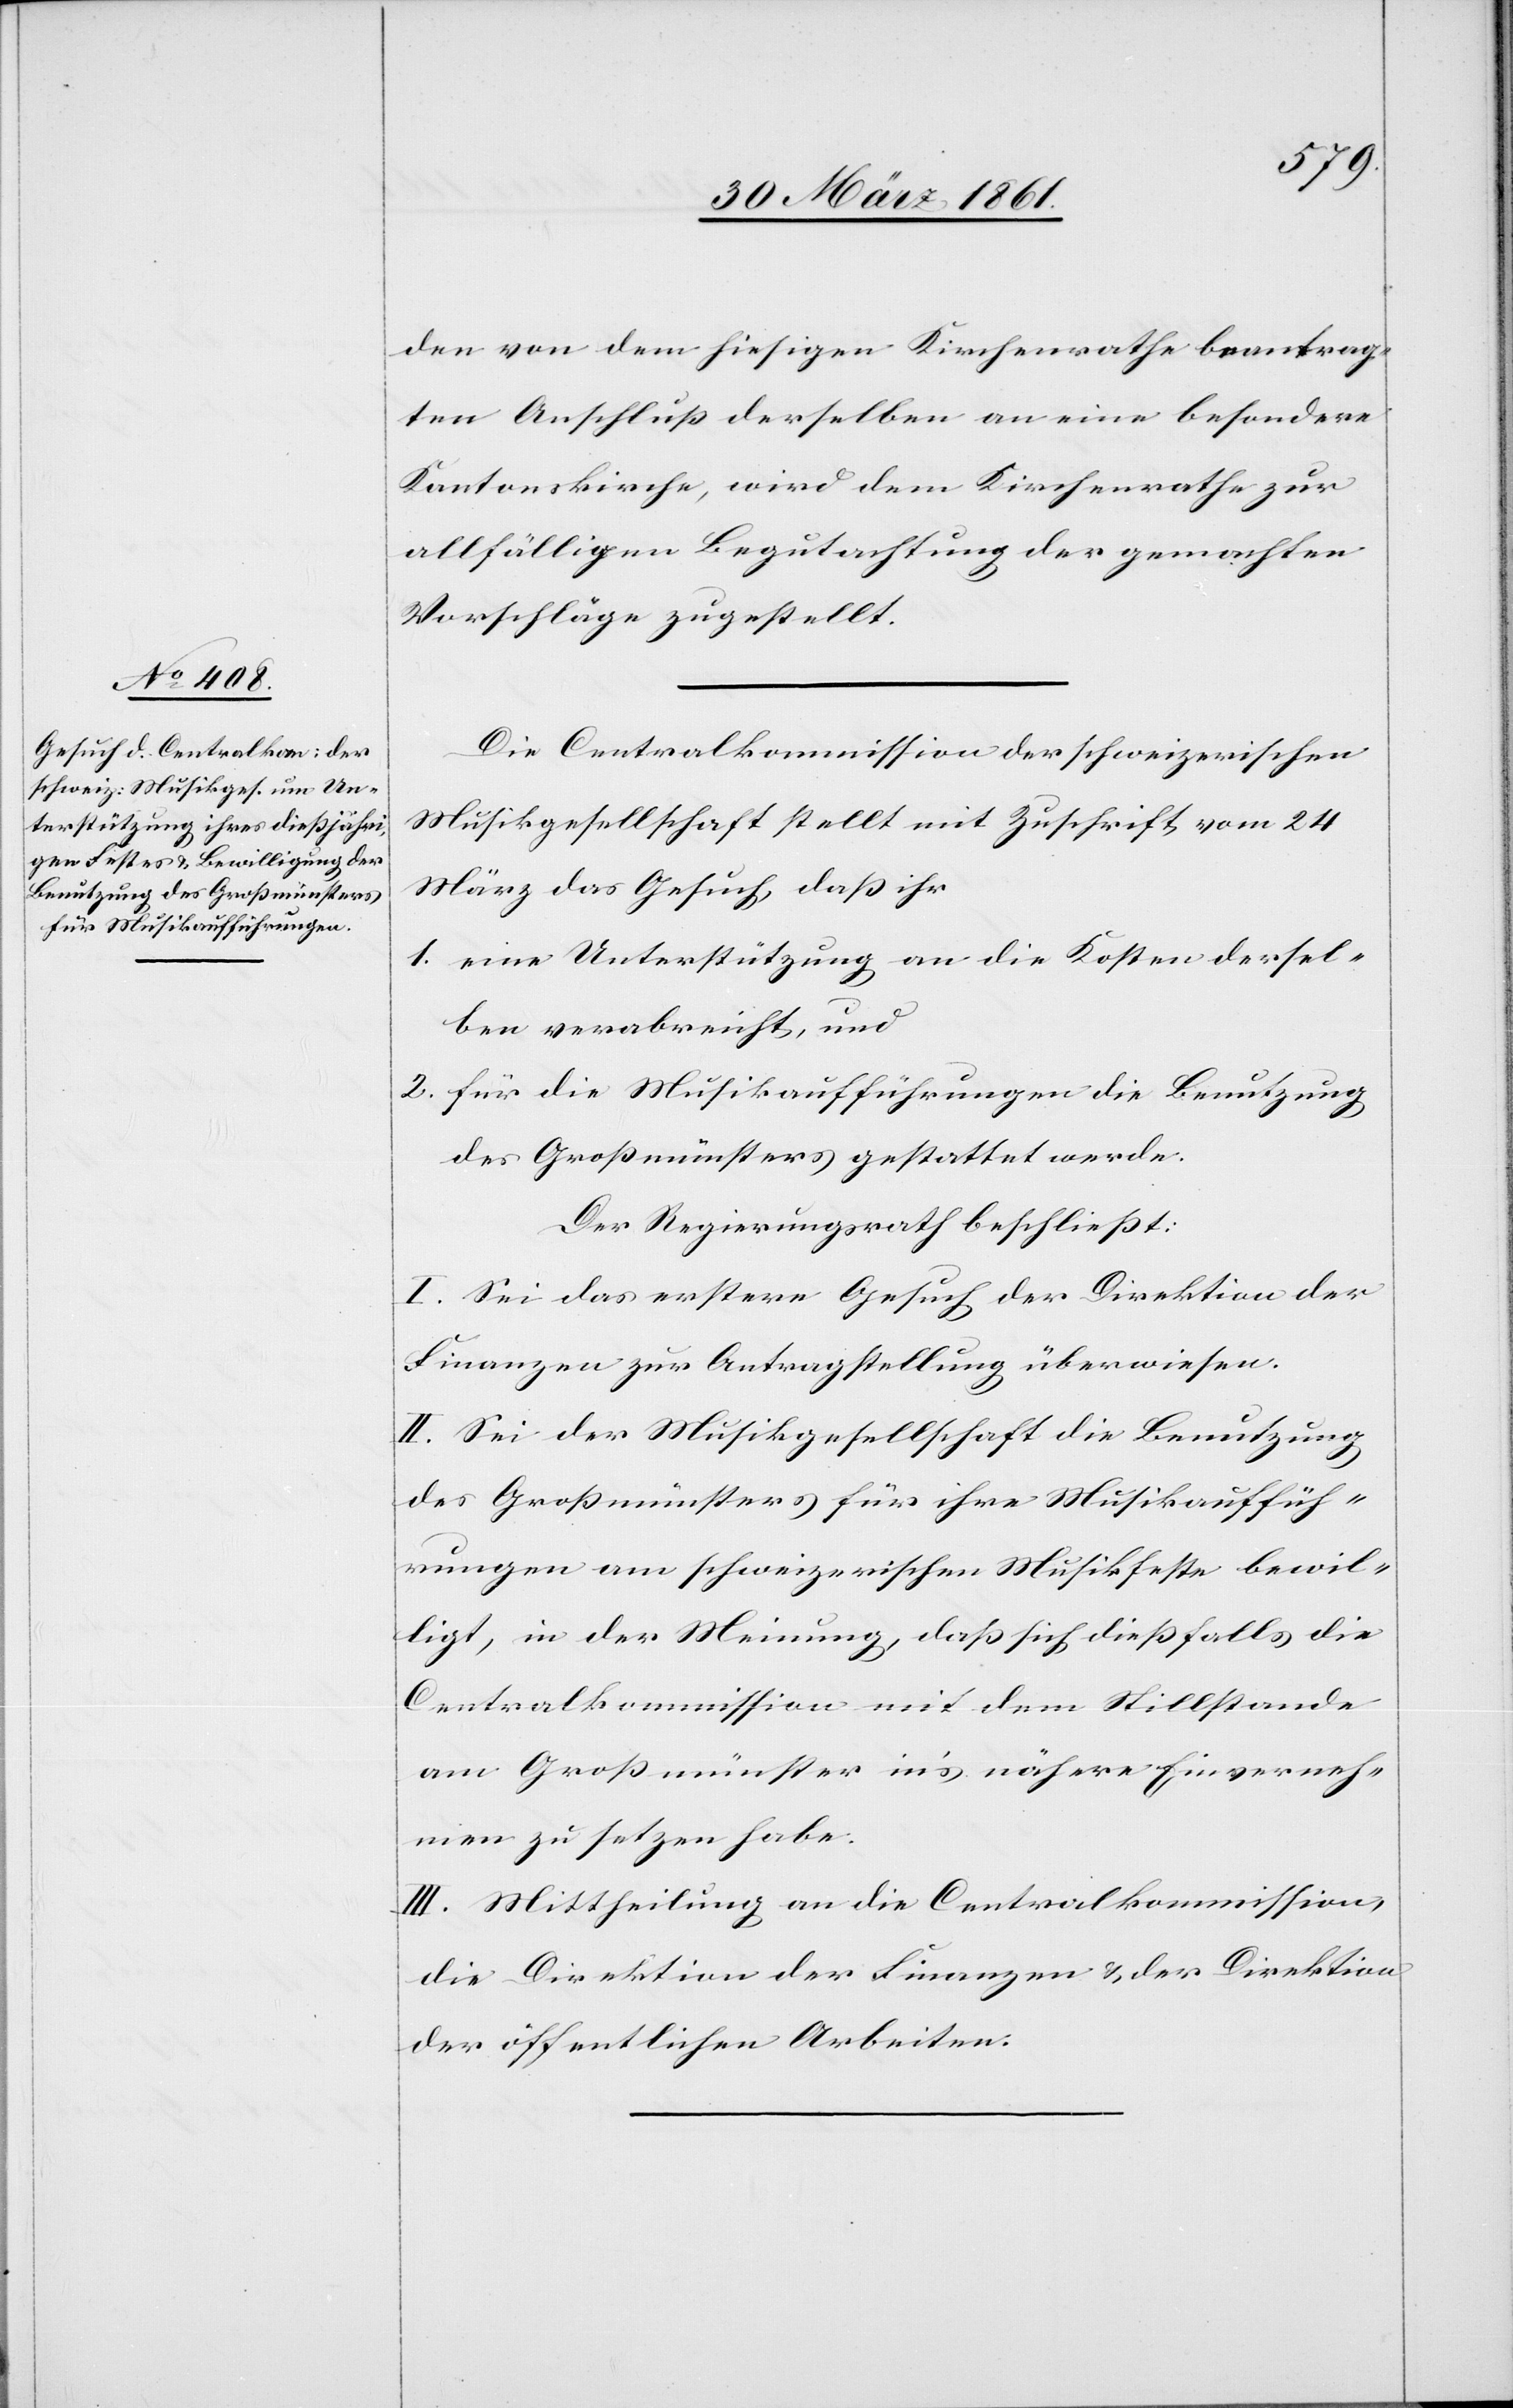
den von dem hiesigen Kirchenrathe beantrag¬
ten Anschluß derselben an eine besondere
Kantonskirche, wird dem Kirchenrathe zur
allfälligen Begutachtung der gemachten
Vorschläge zugestellt.
Die Centralkommission der schweizerischen
Musikgesellschaft stellt mit Zuschrift vom 24.
März das Gesuch, daß ihr
1. eine Unterstützung an die Kosten dersel¬
ben verabreicht, und
2. für die Musikaufführungen die Benutzung
des Großmünsters gestattet werde.
Der Regierungsrath beschließt:
I. Sei das erstere Gesuch der Direktion der
Finanzen zur Antragstellung überwiesen.
II. Sei der Musikgesellschaft die Benutzung
des Großmünsters für ihre Musikauffüh¬
rungen am schweizerischen Musikfeste bewil¬
ligt, in der Meinung, daß sich dießfalls die
Centralkommission mit dem Stillstande
am Großmünster in’s nähere Einverneh¬
men zu setzen habe.
III. Mittheilung an die Centralkommission,
die Direktion der Finanzen u. der Direktion
der öffentlichen Arbeiten.